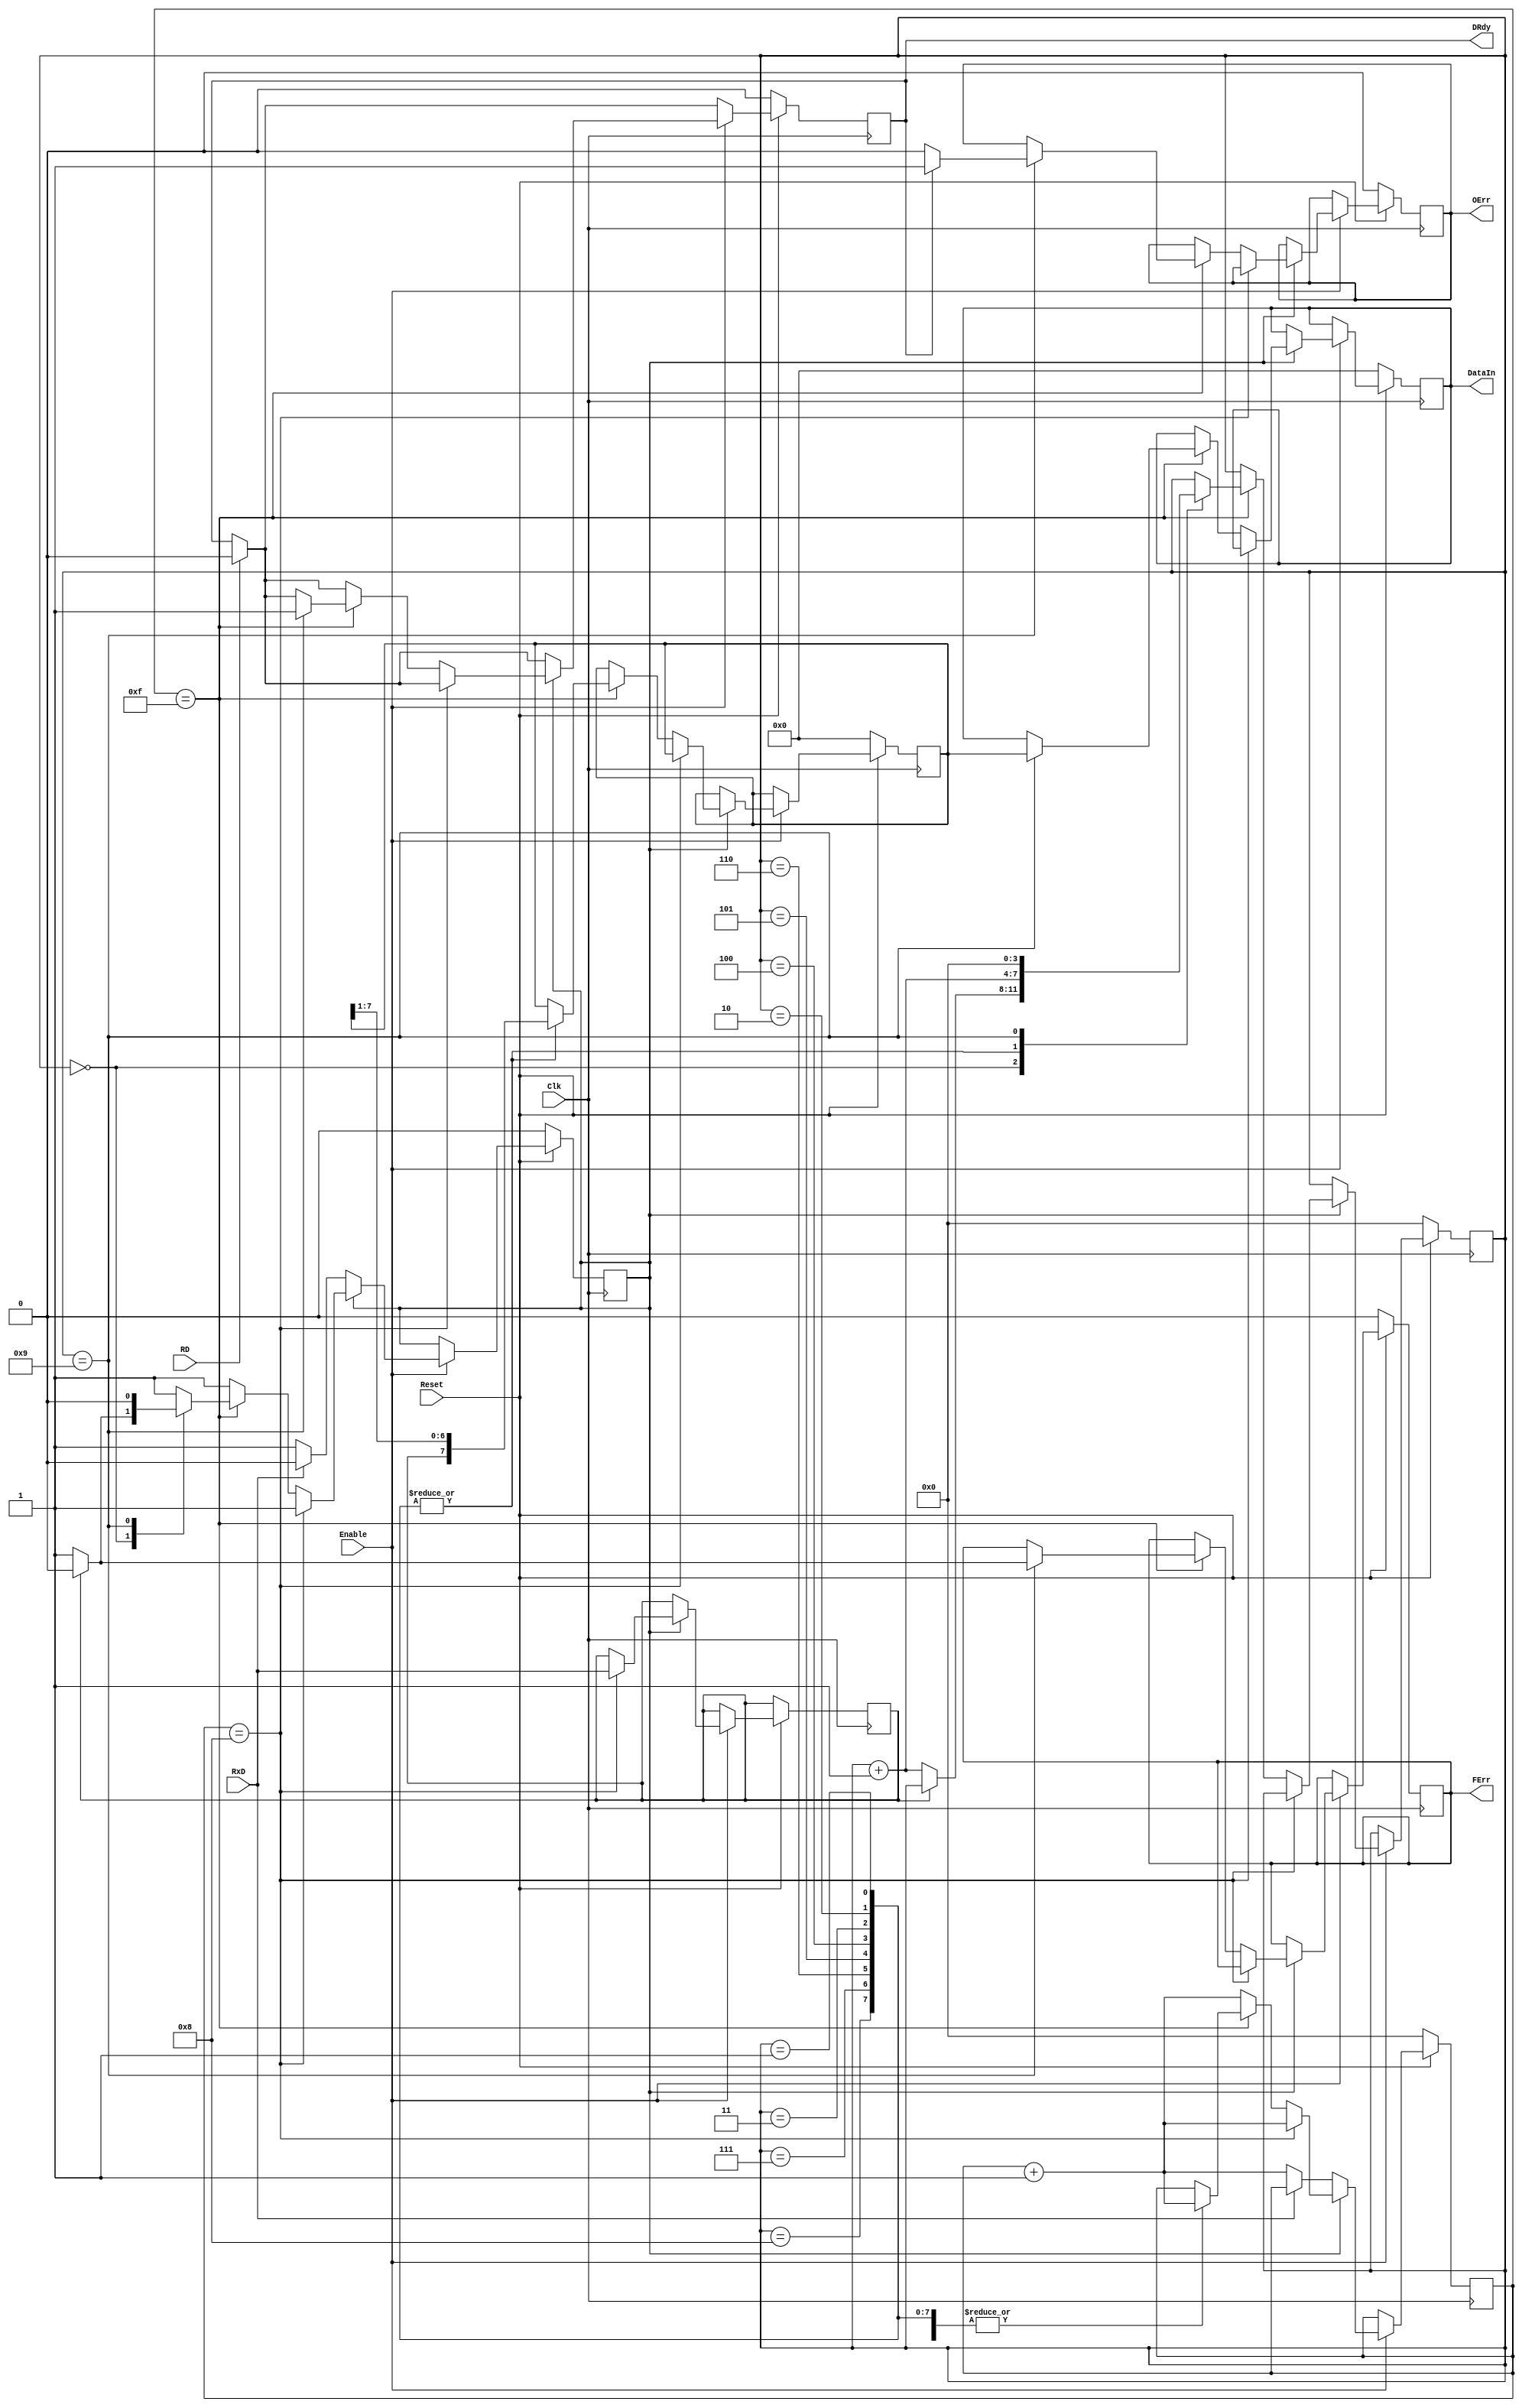
// File RxUnit.vhd translated with vhd2vl v2.0 VHDL to Verilog RTL translator
// Copyright (C) 2001 Vincenzo Liguori - Ocean Logic Pty Ltd - http://www.ocean-logic.com
// Modifications (C) 2006 Mark Gonzales - PMC Sierra Inc
// 
// vhd2vl comes with ABSOLUTELY NO WARRANTY
// ALWAYS RUN A FORMAL VERIFICATION TOOL TO COMPARE VHDL INPUT TO VERILOG OUTPUT 
// 
// This is free software, and you are welcome to redistribute it under certain conditions.
// See the license file license.txt included with the source for details.

//===========================================================================--
//
//  S Y N T H E Z I A B L E    miniUART   C O R E
//
//  www.OpenCores.Org - January 2000
//  This core adheres to the GNU public license  
//
// Design units   : miniUART core for the OCRP-1
//
//
// Purpose        : Implements an miniUART device for communication purposes 
//                  between the OR1K processor and the Host computer through
//                  an RS-232 communication protocol.
//                  
// Library        : uart_lib.vhd
//
// Dependencies   : IEEE.Std_Logic_1164
//
//===========================================================================--
//-----------------------------------------------------------------------------
// Revision list
// Version   Author                 Date                        Changes
//
// 0.1      Ovidiu Lupas     15 January 2000                   New model
// 2.0      Ovidiu Lupas     17 April   2000  samples counter cleared for bit 0
//        olupas@opencores.org
//-----------------------------------------------------------------------------
// Description    : Implements the receive unit of the miniUART core. Samples
//                  16 times the RxD line and retain the value in the middle of
//                  the time interval. 
//-----------------------------------------------------------------------------
// Entity for Receive Unit - 9600 baudrate                                  --
//-----------------------------------------------------------------------------
//-----------------------------------------------------------------------------
// Receive unit
//-----------------------------------------------------------------------------
`timescale 1ns/1ps

module RxUnit(
Clk,
Reset,
Enable,
RxD,
RD,
FErr,
OErr,
DRdy,
DataIn
);

input Clk; // system clock signal
input Reset; // Reset input
input Enable; // Enable input
input RxD; // RS-232 data input
input RD; // Read data signal
output FErr; // Status signal
output OErr; // Status signal
output DRdy; // Status signal
output[7:0] DataIn;

wire   Clk;
wire   Reset;
wire   Enable;
wire   RxD;
wire   RD;
wire   FErr;
wire   OErr;
wire   DRdy;
wire  [7:0] DataIn;

//---------------------------------------------------------------------------
// Signals
//---------------------------------------------------------------------------
reg  Start; // Syncro signal
reg  tmpRxD; // RxD buffer
reg  tmpDRdy; // Data ready buffer
reg  outErr; // 
reg  frameErr; // 
reg [3:0] BitCnt; // 
reg [3:0] SampleCnt; // samples on one bit counter
reg [7:0] ShtReg; //
reg [7:0] DOut; //

  //-------------------------------------------------------------------
  // Receiver process
  //-------------------------------------------------------------------
  always @(posedge Clk) begin
    if(Reset == 1'b0) begin
      BitCnt <= 4'b0000;
      SampleCnt <= 4'b0000;
      Start <= 1'b0;
      tmpDRdy <= 1'b0;
      frameErr <= 1'b0;
      outErr <= 1'b0;
      ShtReg <= 8'b00000000; //
      DOut <= 8'b00000000; //
    end
    else begin
      if(RD == 1'b1) begin
        tmpDRdy <= 1'b0;
        // Data was read
      end
      if(Enable == 1'b1) begin
        if(Start == 1'b0) begin
          if(RxD == 1'b0) begin
            // Start bit, 
            SampleCnt <= SampleCnt + 4'b0001;
            Start <= 1'b1;
          end
        end
        else begin
          if(SampleCnt == 4'b1000) begin
            // reads the RxD line
            tmpRxD <= RxD;
            SampleCnt <= SampleCnt + 4'b0001;
          end
          else if(SampleCnt == 4'b1111) begin
            case(BitCnt)
            4'b0000 : begin
              if(tmpRxD == 1'b1) begin
                // Start Bit
                Start <= 1'b0;
              end
              else begin
                BitCnt <= BitCnt + 4'b0001;
              end
              SampleCnt <= SampleCnt + 4'b0001;
              //when 1|2|3|4|5|6|7|8 =>
            end
            4'b0001,4'b0010,4'b0011,4'b0100,4'b0101,4'b0110,4'b0111,4'b1000 : begin
              BitCnt <= BitCnt + 4'b0001;
              SampleCnt <= SampleCnt + 4'b0001;
              ShtReg <= {tmpRxD,ShtReg[7:1] };
            end
            4'b1001 : begin
              if(tmpRxD == 1'b0) begin // stop bit expected
                frameErr <= 1'b1;
              end
              else begin
                frameErr <= 1'b0;
              end
              if(tmpDRdy == 1'b1) begin // 
                outErr <= 1'b1;
              end
              else begin
                outErr <= 1'b0;
              end
              tmpDRdy <= 1'b1;
              DOut <= ShtReg;
              BitCnt <= 4'b0000;
              Start <= 1'b0;
            end
            default : begin
            end
            endcase
          end
          else begin
            SampleCnt <= SampleCnt + 4'b0001;
          end
        end
      end
    end
  end

  assign DRdy = tmpDRdy;
  assign DataIn = DOut;
  assign FErr = frameErr;
  assign OErr = outErr;
//==================== End of architecture ====================--

endmodule